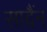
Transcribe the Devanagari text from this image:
सादैंन